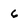
Character: 6